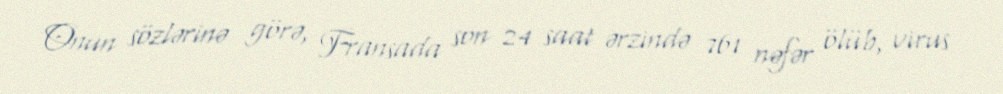
Onun sözlərinə görə, Fransada son 24 saat ərzində 761 nəfər ölüb, virus